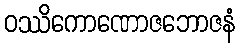
ဝဿိကောဏောဇဘောဇနံ